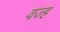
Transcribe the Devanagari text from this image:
वज्ह